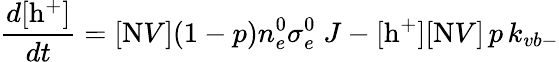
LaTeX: \frac{d[\mathrm{h^{+}}]}{dt}=[\mathrm{N}V](1-p)n_{e}^{0}\sigma_{e}^{0}\; J-[\mathrm{h^{+}}][\mathrm{N}V]\, p\, k_{vb-}